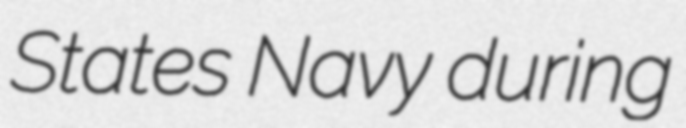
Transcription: States Navy during